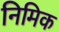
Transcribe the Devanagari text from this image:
निमिक